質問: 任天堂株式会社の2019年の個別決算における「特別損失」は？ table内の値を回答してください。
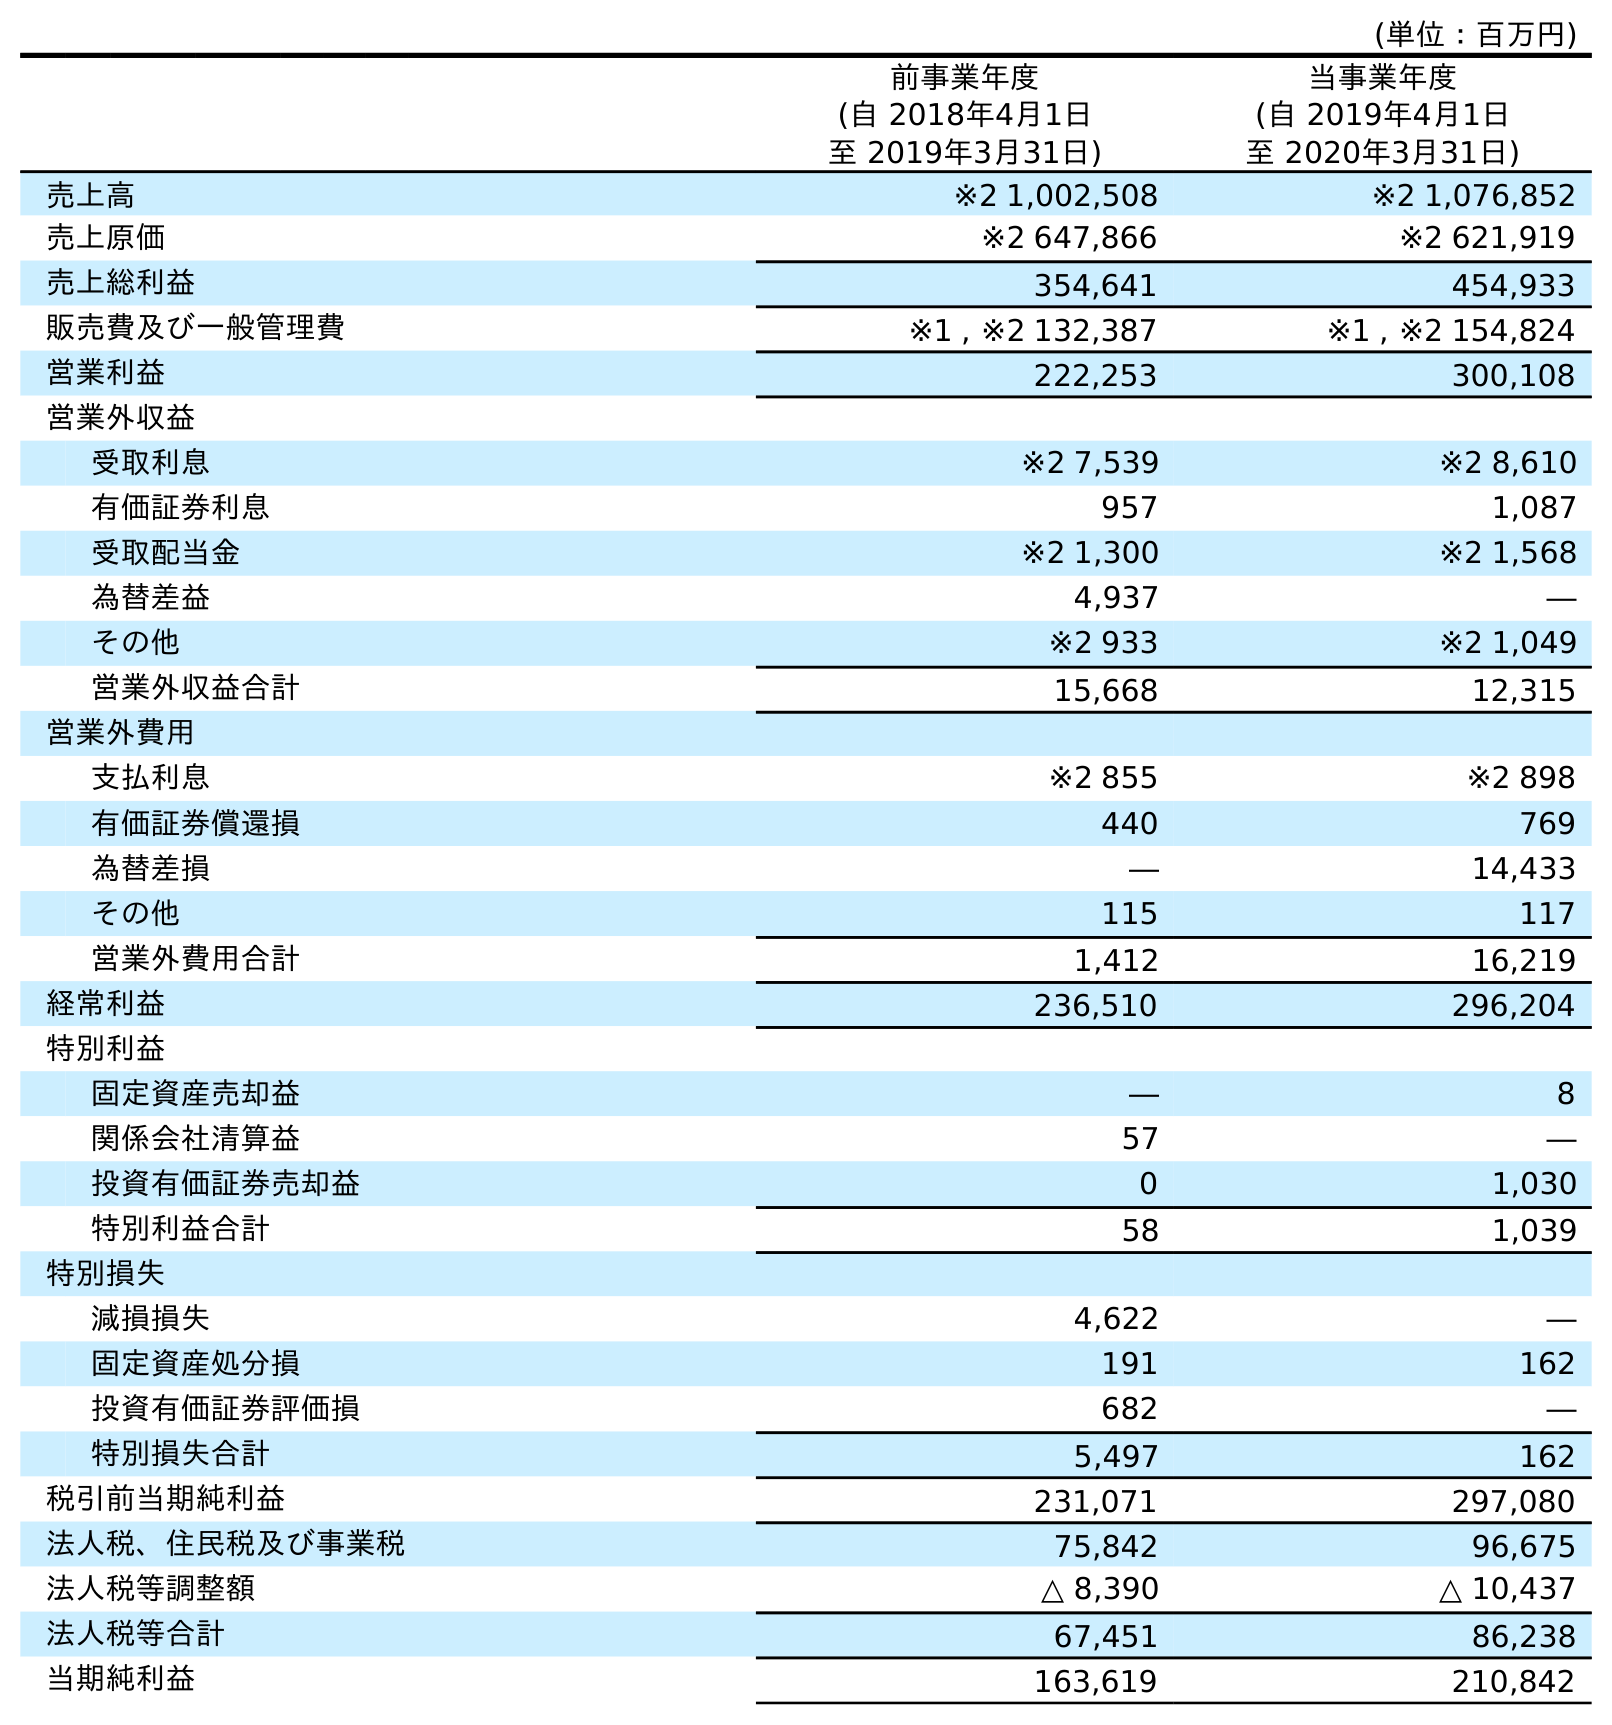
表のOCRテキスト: (単位：百万円) 前事業年度 (自 2018年4月1日 至 2019年3月31日) 当事業年度 (自 2019年4月1日 至 2020年3月31日) 売上高 ※2 1,002,508 ※2 1,076,852 売上原価 ※2 647,866 ※2 621,919 売上総利益 354,641 454,933 販売費及び一般管理費 ※1 , ※2 132,387 ※1 , ※2 154,824 営業利益 222,253 300,108 営業外収益 受取利息 ※2 7,539 ※2 8,610 有価証券利息 957 1,087 受取配当金 ※2 1,300 ※2 1,568 為替差益 4,937 ― その他 ※2 933 ※2 1,049 営業外収益合計 15,668 12,315 営業外費用 支払利息 ※2 855 ※2 898 有価証券償還損 440 769 為替差損 ― 14,433 その他 115 117 営業外費用合計 1,412 16,219 経常利益 236,510 296,204 特別利益 固定資産売却益 ― 8 関係会社清算益 57 ― 投資有価証券売却益 0 1,030 特別利益合計 58 1,039 特別損失 減損損失 4,622 ― 固定資産処分損 191 162 投資有価証券評価損 682 ― 特別損失合計 5,497 162 税引前当期純利益 231,071 297,080 法人税、住民税及び事業税 75,842 96,675 法人税等調整額 △ 8,390 △ 10,437 法人税等合計 67,451 86,238 当期純利益 163,619 210,842
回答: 5,497